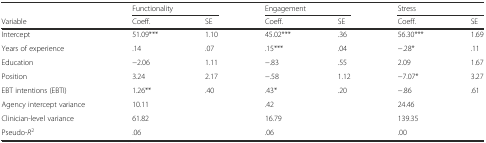
<table><thead><tr><td></td><td colspan="2"><b>Functionality</b></td><td colspan="2"><b>Engagement</b></td><td colspan="2"><b>Stress</b></td></tr><tr><td><b>Variable</b></td><td><b>Coeff.</b></td><td><b>SE</b></td><td><b>Coeff.</b></td><td><b>SE</b></td><td><b>Coeff.</b></td><td><b>SE</b></td></tr></thead><tbody><tr><td>Intercept</td><td>51.09***</td><td>1.10</td><td>45.02***</td><td>.36</td><td>56.30***</td><td>1.69</td></tr><tr><td>Years of experience</td><td>.14</td><td>.07</td><td>.15***</td><td>.04</td><td>−.28*</td><td>.11</td></tr><tr><td>Education</td><td>−2.06</td><td>1.11</td><td>−.83</td><td>.55</td><td>2.09</td><td>1.67</td></tr><tr><td>Position</td><td>3.24</td><td>2.17</td><td>−.58</td><td>1.12</td><td>−7.07*</td><td>3.27</td></tr><tr><td>EBT intentions (EBTI)</td><td>1.26**</td><td>.40</td><td>.43*</td><td>.20</td><td>−.86</td><td>.61</td></tr><tr><td>Agency intercept variance</td><td>10.11</td><td></td><td>.42</td><td></td><td>24.46</td><td></td></tr><tr><td>Clinician-level variance</td><td>61.82</td><td></td><td>16.79</td><td></td><td>139.35</td><td></td></tr><tr><td>Pseudo-<i>R</i><sup>2</sup></td><td>.06</td><td></td><td>.06</td><td></td><td>.00</td><td></td></tr></tbody></table>